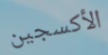
الأكسجين